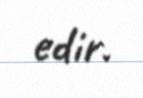
edir.